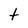
Character: t